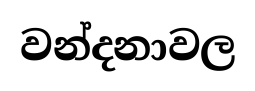
වන්දනාවල